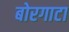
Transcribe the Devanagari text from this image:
बोरगाटा